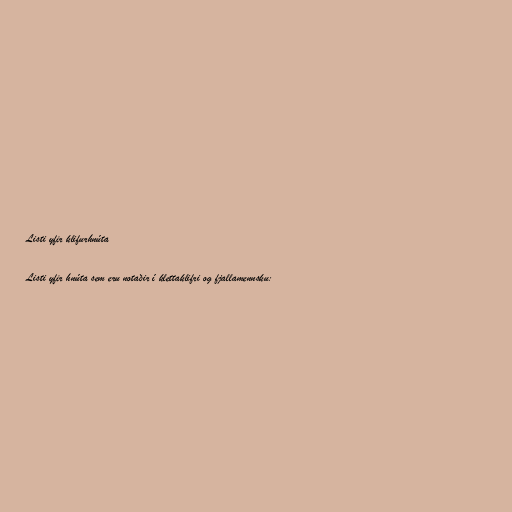
Listi yfir klifurhnúta

Listi yfir hnúta sem eru notaðir í klettaklifri og fjallamennsku: